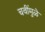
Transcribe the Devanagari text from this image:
चवींमुळे